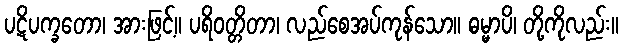
ပဋိပက္ခတော၊ အားဖြင့်။ ပရိဝတ္တိတာ၊ လည်စေအပ်ကုန်သော။ ဓမ္မာပိ၊ တို့ကိုလည်း။